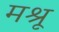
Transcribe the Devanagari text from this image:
मश्रू